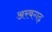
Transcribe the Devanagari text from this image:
अरबगढ़